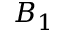
B _ { 1 }